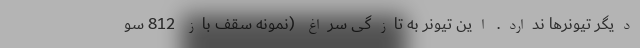
دیگر تیونرها ندارد. این تیونر به تازگی سراغ (نمونه سقف باز 812 سو